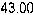
43.00